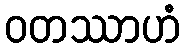
ဝတဿာဟံ